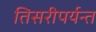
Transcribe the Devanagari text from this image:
तिसरीपर्यन्त